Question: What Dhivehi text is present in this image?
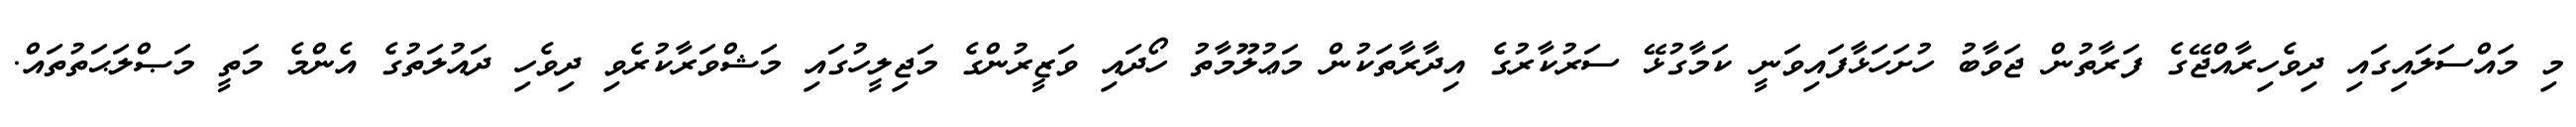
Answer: މި މައްސަލައިގައި ދިވެހިރާއްޖޭގެ ފަރާތުން ޖަވާބު ހުށަހަޅާފައިވަނީ ކަމާގުޅޭ ސަރުކާރުގެ އިދާރާތަކުން މަޢުލޫމާތު ހޯދައި ވަޒީރުންގެ މަޖިލީހުގައި މަޝްވަރާކުރެވި ދިވެހި ދައުލަތުގެ އެންމެ މަތީ މަޞްލަޙަތުތައް.